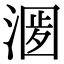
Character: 𣺀